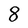
Character: 8